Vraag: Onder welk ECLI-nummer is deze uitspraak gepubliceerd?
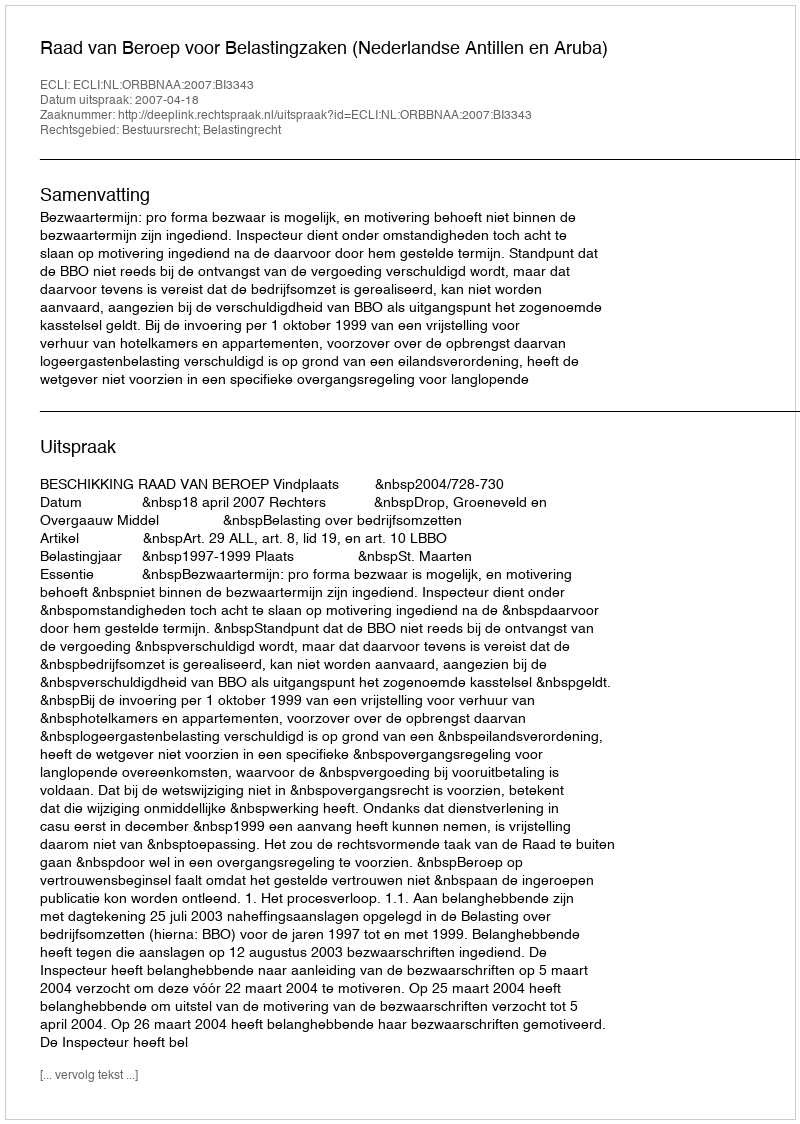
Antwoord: ECLI:NL:ORBBNAA:2007:BI3343